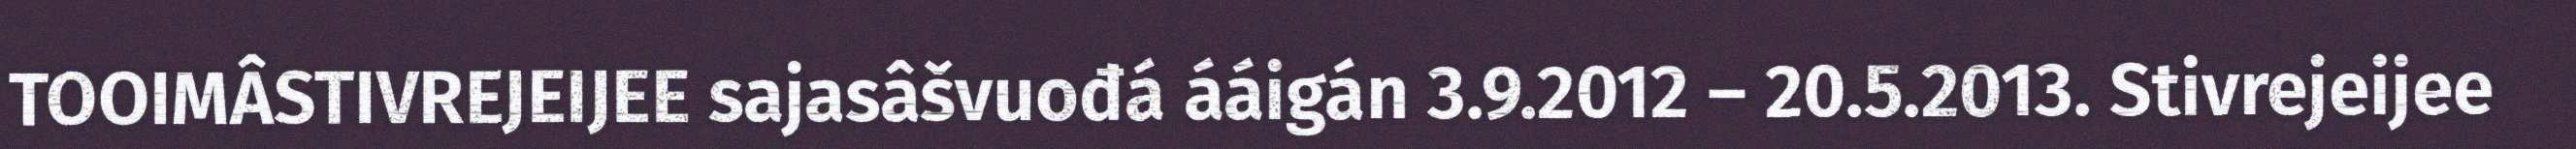
TOOIMÂSTIVREJEIJEE sajasâšvuođá ááigán 3.9.2012 – 20.5.2013. Stivrejeijee